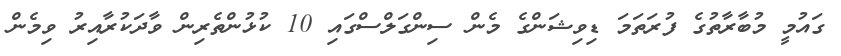
ގައުމީ މުބާރާތުގެ ފުރަތަމަ ޑިވިޝަންގެ މެން ސިންގަލްސްގައި 10 ކުޅުންތެރިން ވާދަކުރާއިރު ވިމެން